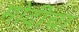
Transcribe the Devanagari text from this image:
मोदीचा